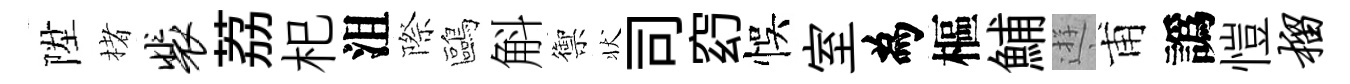
陞楮裴荔𣏌沮際鷗斛禦状司𥥆悞室為樞鯆逰甫譌愷榴